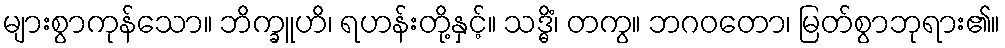
များစွာကုန်သော။ ဘိက္ခူဟိ၊ ရဟန်းတို့နှင့်။ သဒ္ဓိံ၊ တကွ။ ဘဂဝတော၊ မြတ်စွာဘုရား၏။